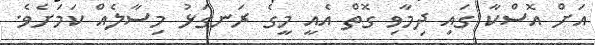
އަށް އޮސްކާ ގައި ދިމާވި ގޮތް އެއީ މީގެ ރަނގަޅު މިސާލެއް ކަމަށެވެ.